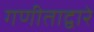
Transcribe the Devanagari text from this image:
गणीताद्वारे